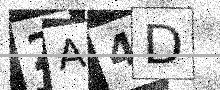
Text: 2A4D